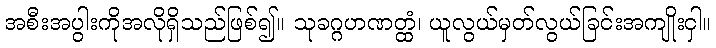
အစီးအပွါးကိုအလိုရှိသည်ဖြစ်၍။ သုခဂ္ဂဟဏတ္ထံ၊ ယူလွယ်မှတ်လွယ်ခြင်းအကျိုးငှါ။